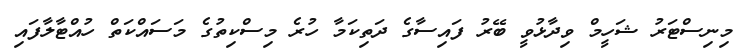
މިނިސްޓަރު ޝަހީމް ވިދާޅުވީ ބޭރު ފައިސާގެ ދަތިކަމާ ހުރެ މިސްކިތުގެ މަސައްކަތް ހުއްޓާލާފައި